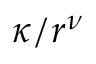
\kappa / r ^ { \nu }